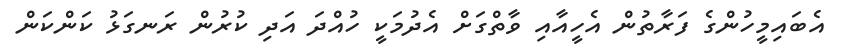
އެބައިމީހުންގެ ފަރާތުން އެހީއާއި ވާތްގަށް އެދުމަކީ ހުއްދަ އަދި ކުރުން ރަނގަޅު ކަންކަން